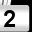
Digit: 2